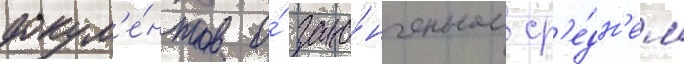
докум'е́нтов о́ зако́нченном ср'е́дн'ем